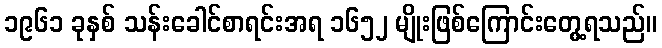
၁၉၆၁ ခုနှစ် သန်းခေါင်စာရင်းအရ ၁၆၅၂ မျိုးဖြစ်ကြောင်းတွေ့ရသည်။